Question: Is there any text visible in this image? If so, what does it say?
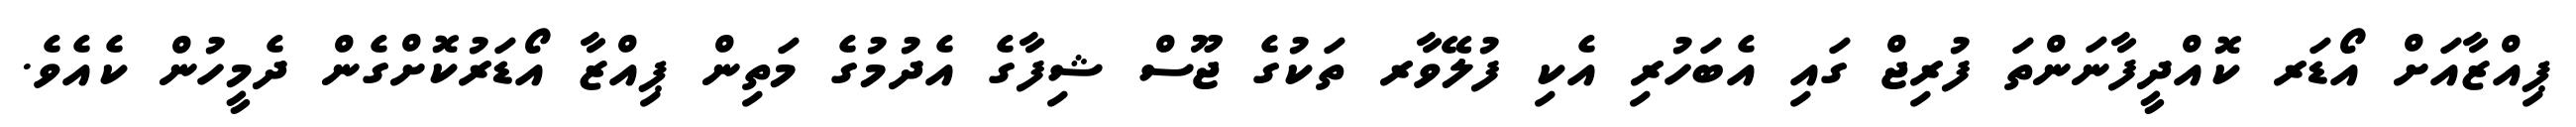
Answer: ޕިއްޒާއަށް އޯޑަރ ކޮއްދީފާނަންތަ ފުރިޖް ގައި އެބަހުރި އެކި ފުލޭވާރ ތަކުގެ ޖޫސް ޝިފާގެ އެދުމުގެ މަތިން ޕިއްޒާ އޯޑަރުކޮށްގެން ދެމީހުން ކެއެވެ.